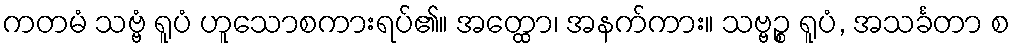
ကတမံ သဗ္ဗံ ရူပံ ဟူသောစကားရပ်၏။ အတ္ထော၊ အနက်ကား။ သဗ္ဗဉ္စ ရူပံ, အသင်္ခတာ စ